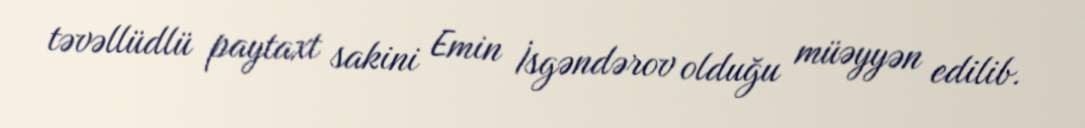
təvəllüdlü paytaxt sakini Emin İsgəndərov olduğu müəyyən edilib.